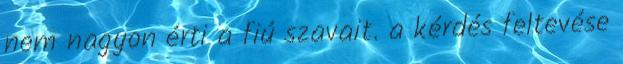
nem nagyon érti a fiú szavait. a kérdés feltevése